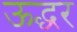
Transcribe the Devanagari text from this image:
ऊद्धर